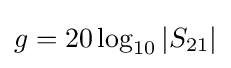
g=20\log _{10}\left|S_{21}\right|